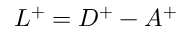
L ^ { + } = D ^ { + } - A ^ { + }